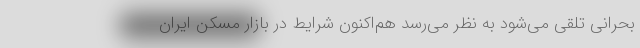
بحرانی تلقی می‌شود به نظر می‌رسد هم‌اکنون شرایط در بازار مسکن ایران